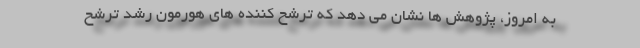
به امروز، پژوهش ها نشان می دهد که ترشح کننده های هورمون رشد ترشح